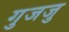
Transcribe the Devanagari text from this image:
गुजजु